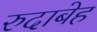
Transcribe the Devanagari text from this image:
रुदाबेह